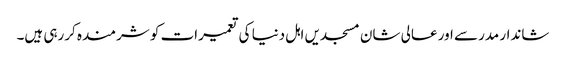
شاندار مدرسے اور عالی شان مسجدیں اہل دنیا کی تعمیرات کو شرمندہ کررہی ہیں۔